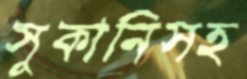
সুকানিসহ